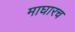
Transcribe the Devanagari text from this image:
माघारच